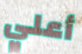
أعلي